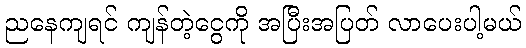
ညနေကျရင် ကျန်တဲ့ငွေကို အပြီးအပြတ် လာပေးပါ့မယ်